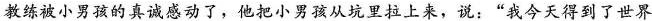
教练被小男孩的真诚感动了，他把小男孩从坑里拉上来，说：”我今天得到了世界